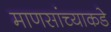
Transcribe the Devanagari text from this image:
माणसांच्याकडे